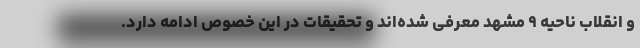
و انقلاب ناحیه ۹ مشهد معرفی شده‌اند و تحقیقات در این خصوص ادامه دارد.